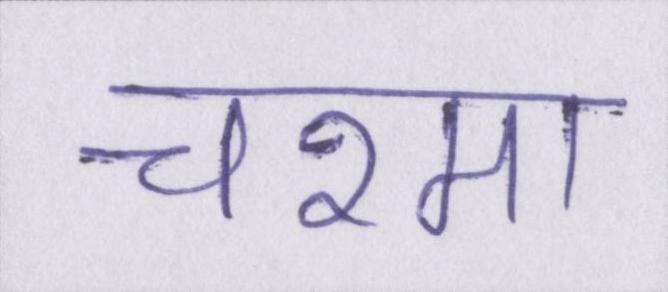
चश्मा